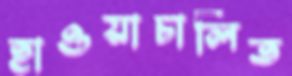
হাওয়াচালিত